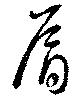
肩